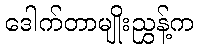
ဒေါက်တာမျိုးညွှန့်က